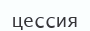
цессия